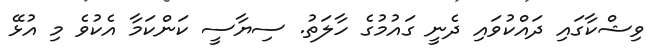
ވިޝްކާގައި ދައްކުވައި ދެނީ ގައުމުގެ ހާލަތު. ސިޔާސީ ކަންކަމާ އެކުވެ މި އުޅޭ